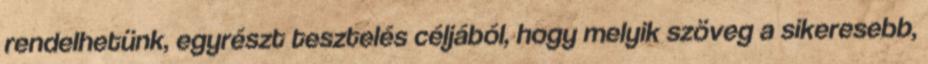
rendelhetünk, egyrészt tesztelés céljából, hogy melyik szöveg a sikeresebb,